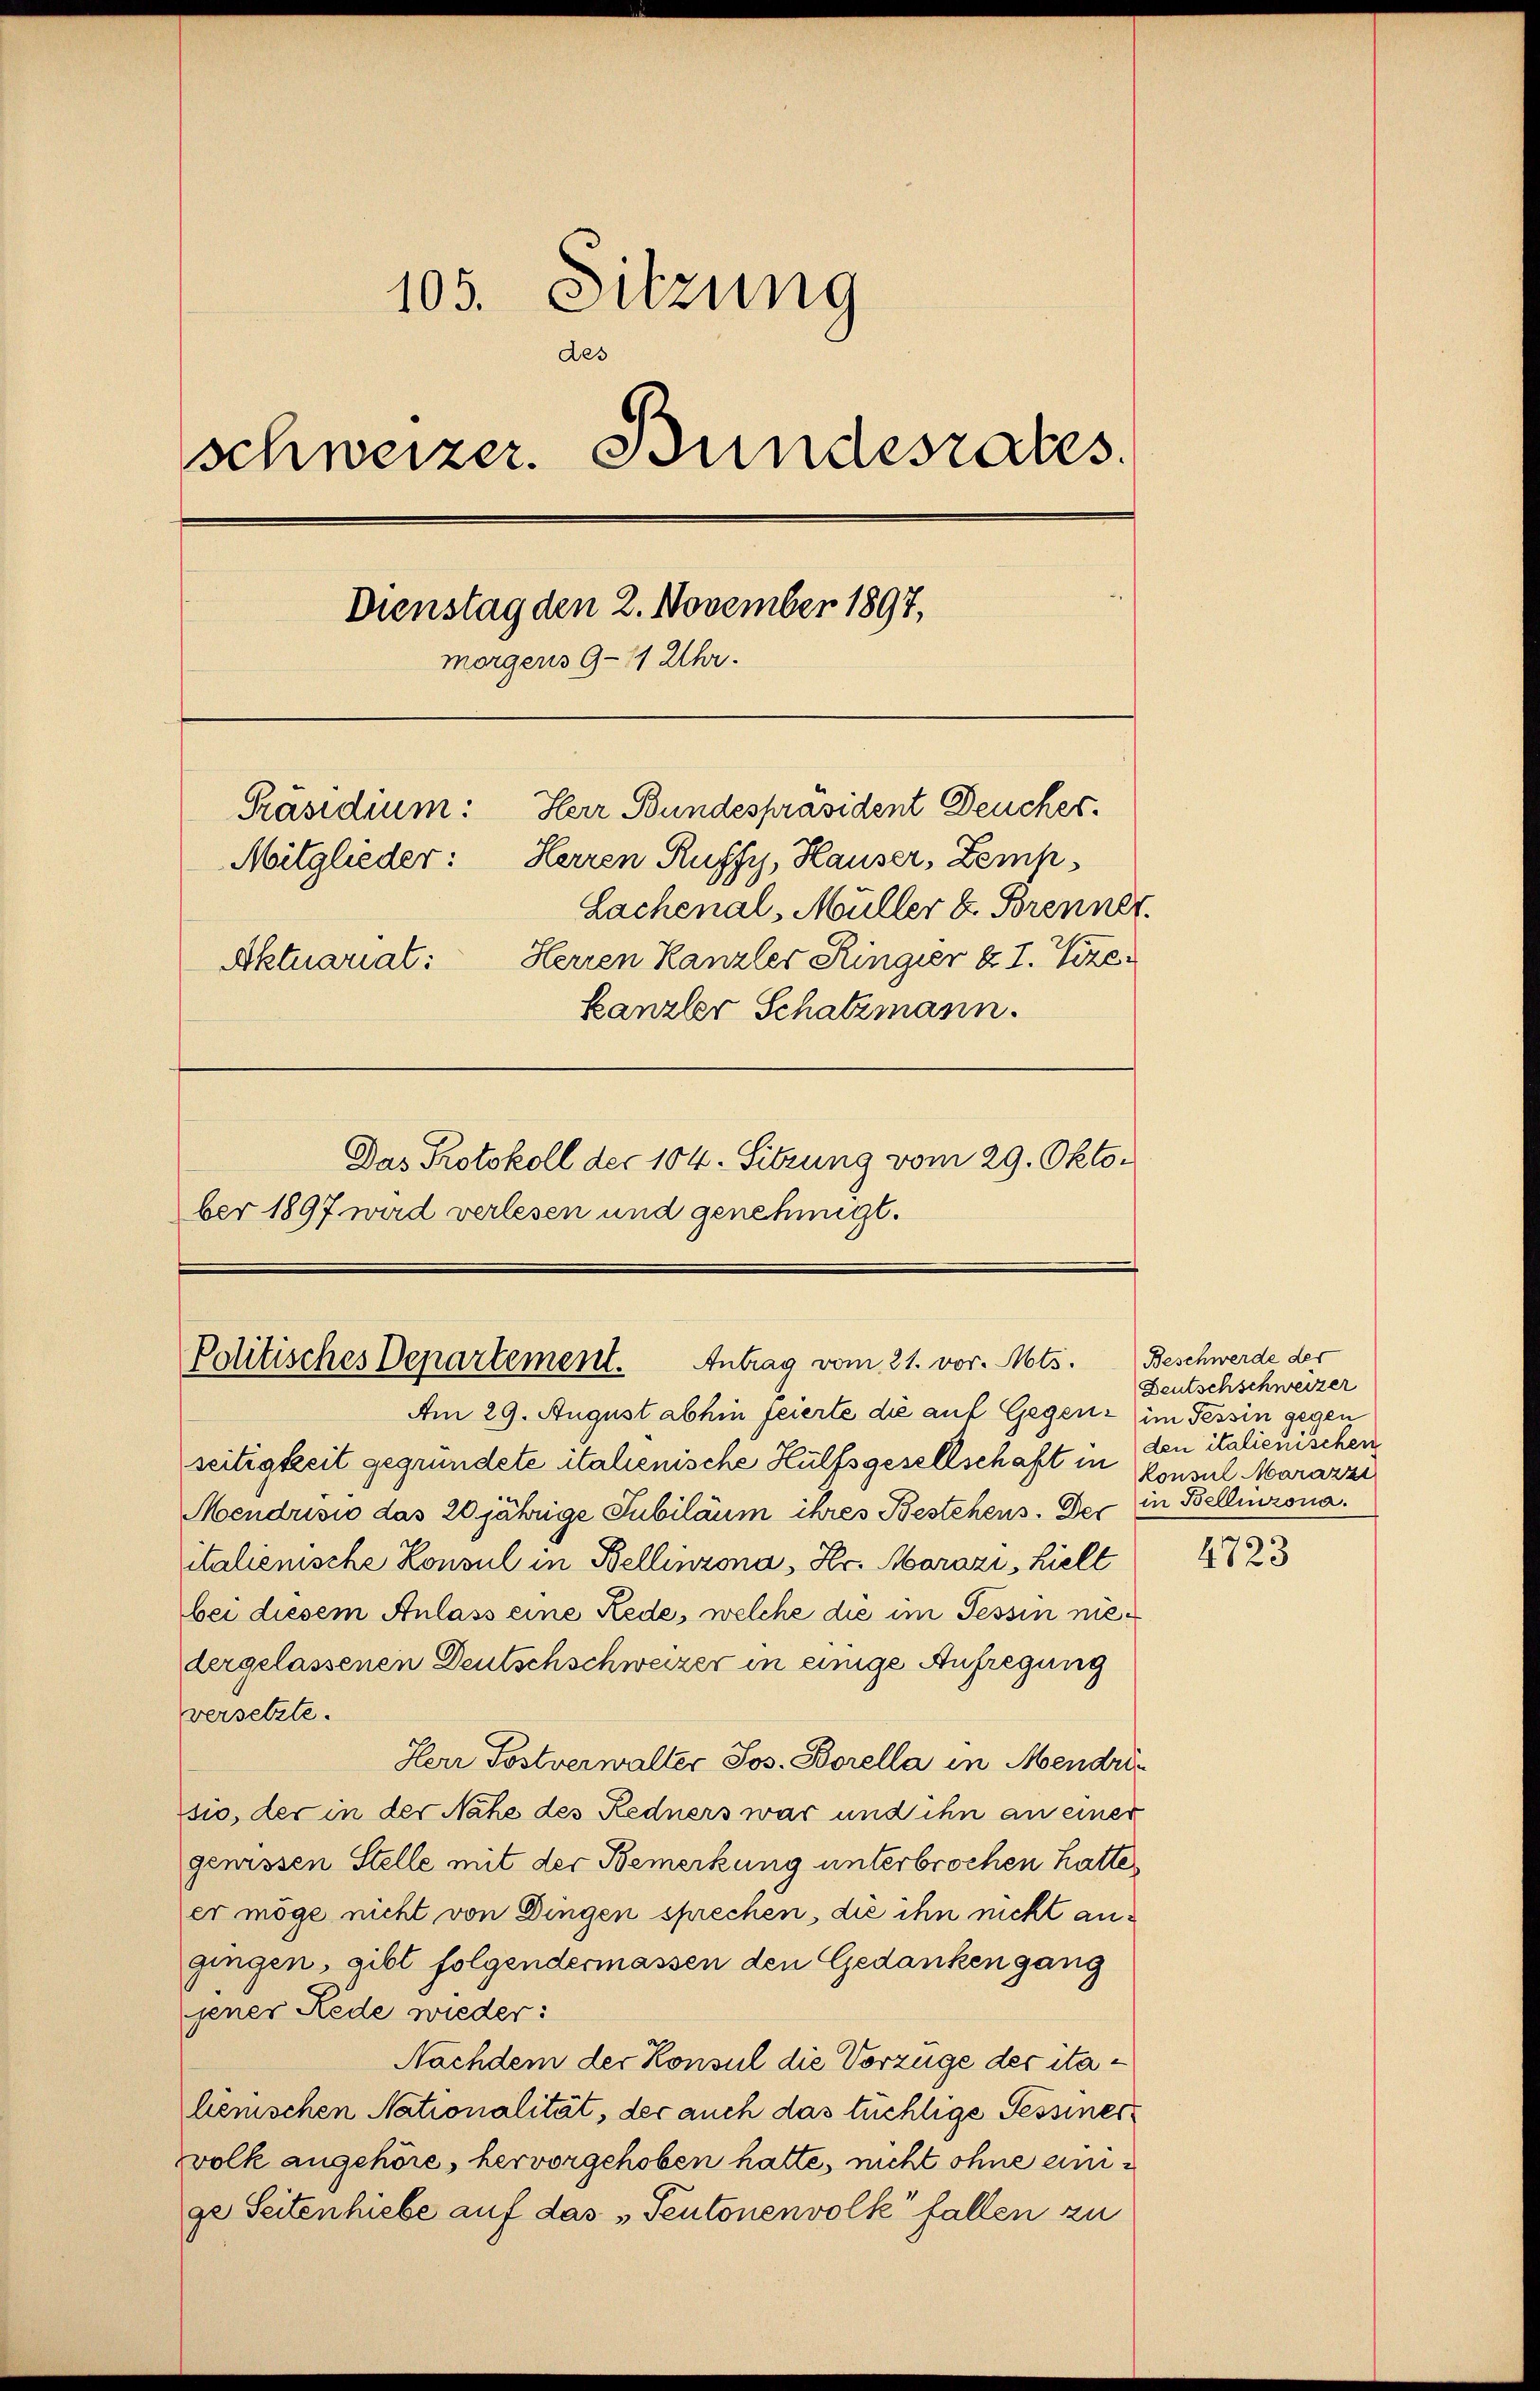
105. Sitzung
des
schweizer. Bundesrates.
Dienstag den 2. November 1897,
morgens 9-11 Uhr.
Herr Bundespräsident Deucher.
Präsidium:
Herren Ruffy, Hauser, Zemp¬
Mitglieder:
Lachenal, Müller z. Brenner.
Herren Kanzler Ringier u. I. Vize
Aktuariat:
kanzler Schatzmann.
Das Protokoll der 104. Sitzung vom 29. Oktober 1897 wird verlesen und genehmigt.

Politisches Departement. Antrag vom 21. vor. Mts.
Am 29. August abhin feierte die auf Gegens im Tessin gegen

seitigkeit gegründete italienische Hülfsgesellschaft in Konsul Marazzi
Mendrisis das 20 jährige Jubiläum ihres Bestehens. Der in Bellinzona.
italienische Konsul in Bellinzona, Hr. Morazi, hielt
bei diesem Anlass eine Rede, welche die im Tessin niedergelassenen Deutschschweizer in einige Aufregung
versetzte.
Herr Postverwalter Jos. Borella in Mendrin
sio, der in der Nahe des Redners war und ihn an einer
genissen Stelle mit der Bemerkung unterbrochen hatte,
er möge nicht von Dingen sprechen, die ihn nicht angingen, gibt folgendermassen den Gedanken gang
jener Rede wieder:
Nachdem der Konsul die Vorzüge der italienischen Nationalität, der auch das tüchtige Tessiner
volk angehöre, hervorgehoben hatte, nicht ohne ange Seitenhiebe auf das „Pentonenvolk fallen zu

Beschwerde der
Deutschschweizer
den italienischen

4723